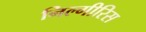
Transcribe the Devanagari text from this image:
निल्गीरिस